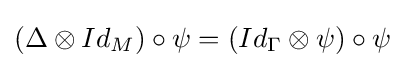
(\Delta \otimes Id_{M})\circ \psi =(Id_{\Gamma }\otimes \psi )\circ \psi